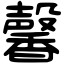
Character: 馨